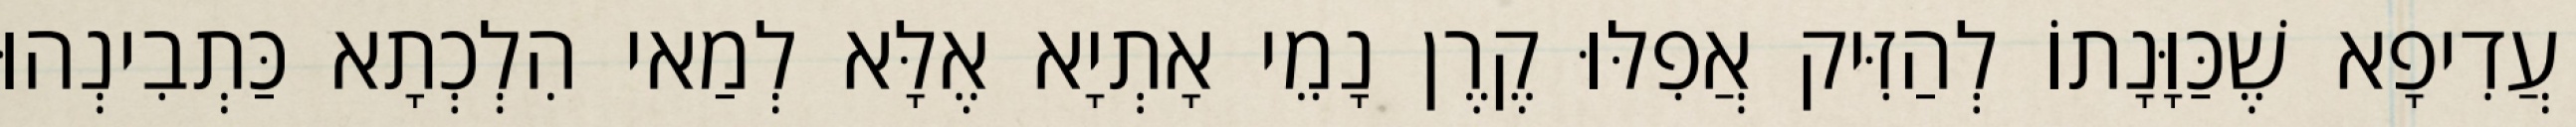
עֲדִיפָא שֶׁכַּוָּנָתוֹ לְהַזִּיק אֲפִלּוּ קֶרֶן נָמֵי אָתְיָא אֶלָּא לְמַאי הִלְכְתָא כַּתְבִינְהוּ